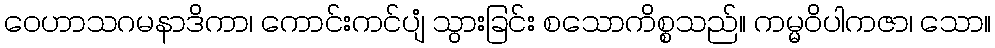
ဝေဟာသဂမနာဒိကာ၊ ကောင်းကင်ပျံ သွားခြင်း စသောကိစ္စသည်။ ကမ္မဝိပါကဇာ၊ သော။